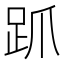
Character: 𬦦